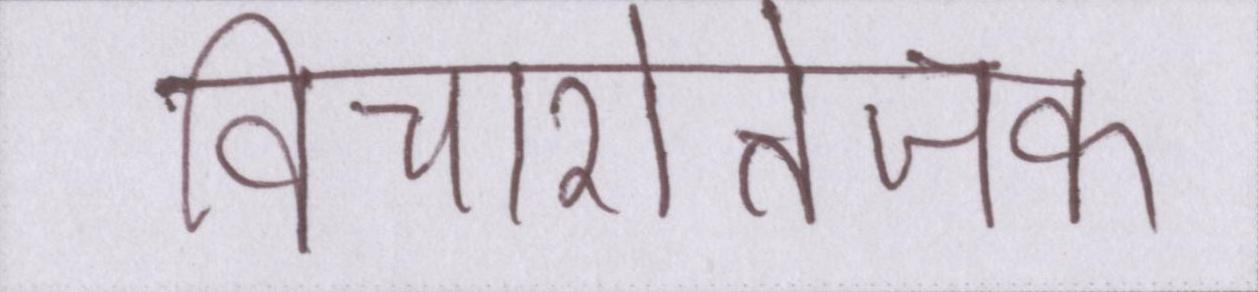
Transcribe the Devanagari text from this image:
विचारोत्तेजक